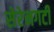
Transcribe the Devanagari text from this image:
सेरेनगटी